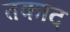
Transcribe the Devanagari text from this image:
तकाद